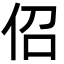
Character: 佋